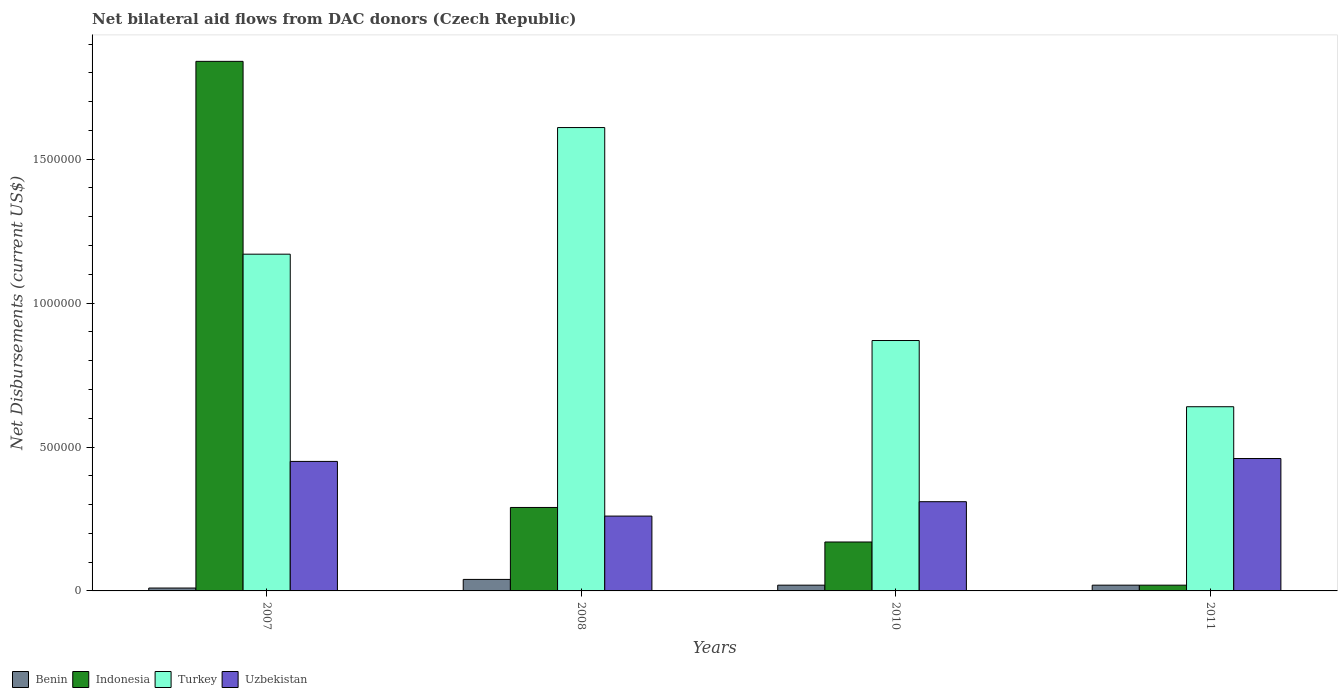
| Years | Benin | Indonesia | Turkey | Uzbekistan |
 | --- | --- | --- | --- | --- |
 | 2007 | 1e+04 | 1.84e+06 | 1.17e+06 | 4.5e+05 |
 | 2008 | 4e+04 | 2.9e+05 | 1.61e+06 | 2.6e+05 |
 | 2010 | 2e+04 | 1.7e+05 | 8.7e+05 | 3.1e+05 |
 | 2011 | 2e+04 | 2e+04 | 6.4e+05 | 4.6e+05 |